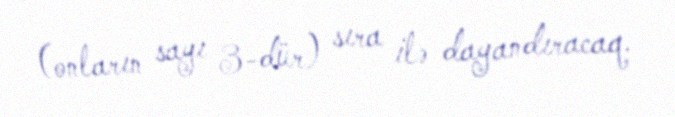
(onların sayı 3-dür) sıra ilə dayandıracaq.